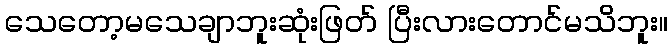
သေတော့မသေချာဘူးဆုံးဖြတ် ပြီးလားတောင်မသိဘူး။